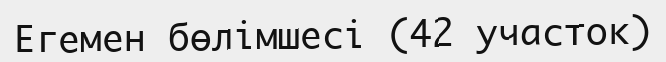
Егемен бөлімшесі (42 участок)